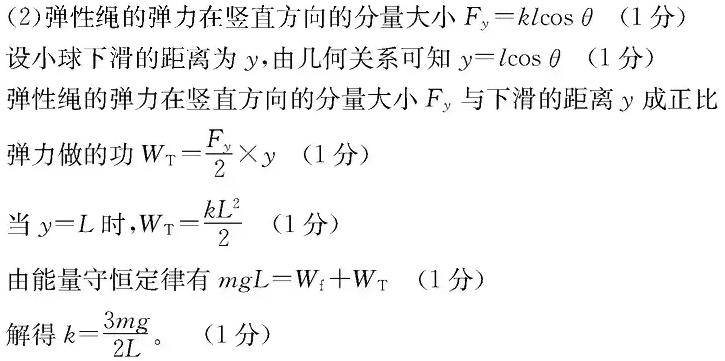
(2)弹性绳的弹力在竖直方向的分量大小$F_y = kl\cos\theta$（1分）
设小球下滑的距离为$y$，由几何关系可知$y = l\cos\theta$（1分）
弹性绳的弹力在竖直方向的分量大小$F_y$与下滑的距离$y$成正比
弹力做的功$W_T=\frac{F_y}{2}\times y$（1分）
当$y = L$时，$W_T=\frac{kL^2}{2}$（1分）
由能量守恒定律有$mgL = W_f + W_T$（1分）
解得$k=\frac{3mg}{2L}$。（1分）